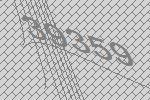
39359